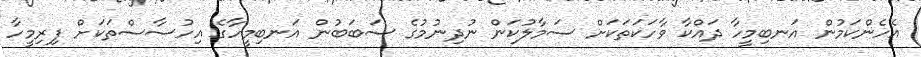
އެހެންކަމުން އަނބިމީހާ ދައްކާ ވާހަކަތަކަށް ސަމާލުކަން ނުދިނުމުގެ ސަބަބުން އަނބިމީހާގެ އިހުސާސްތަކަށް ފިރިމީހާ